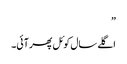
”
اگلے سال کوئل پھر آئی۔